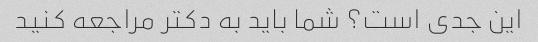
این جدی است؟ شما باید به دکتر مراجعه کنید